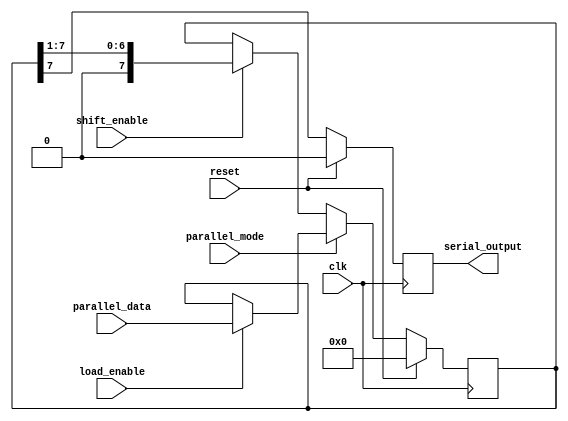
module PISO_shift_register (
    input wire clk,            // Clock input
    input wire reset,          // Reset signal
    input wire parallel_mode,  // Control signal for parallel mode
    input wire shift_enable,   // Control signal for shifting data
    input wire load_enable,    // Control signal for loading new parallel inputs
    input wire [7:0] parallel_data,  // Parallel data inputs
    output reg serial_output  // Serial output
);

reg [7:0] data;     // Data stored in flip-flops
reg [2:0] shift_count;  // Counter for shifting data

always @(posedge clk) begin
    if (reset) begin
        data <= 8'b0;
        shift_count <= 3'b0;
        serial_output <= 1'b0;
    end else begin
        if (parallel_mode) begin
            if (load_enable) begin
                data <= parallel_data;
            end
        end else begin
            if (shift_enable) begin
                shift_count <= shift_count + 1;
                if (shift_count == 3) begin
                    shift_count <= 0;
                end
                data <= {1'b0, data[7:1]};  // Shift data
            end
        end
        serial_output <= data[7];  // Output serial data
    end
end

endmodule